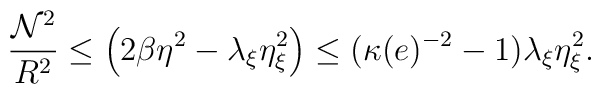
\frac{{\cal N}^{2}}{R^{2}} \leq \left(2\beta\eta^{2}-\lambda_{\xi}\eta_{\xi}^{2}\right)\leq (\kappa(e)^{-2}-1)\lambda_{\xi}\eta^{2}_{\xi}.